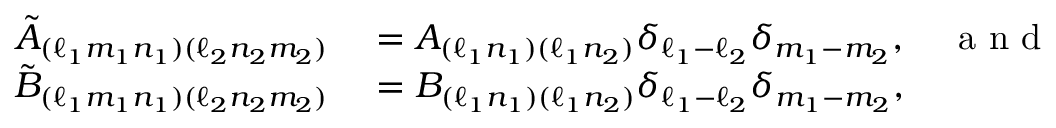
\begin{array} { r l } { \tilde { A } _ { ( \ell _ { 1 } m _ { 1 } n _ { 1 } ) ( \ell _ { 2 } n _ { 2 } m _ { 2 } ) } } & { { } = A _ { ( \ell _ { 1 } n _ { 1 } ) ( \ell _ { 1 } n _ { 2 } ) } \delta _ { \ell _ { 1 } - \ell _ { 2 } } \delta _ { m _ { 1 } - m _ { 2 } } , \quad \mathrm { ~ a ~ n ~ d ~ } } \\ { \tilde { B } _ { ( \ell _ { 1 } m _ { 1 } n _ { 1 } ) ( \ell _ { 2 } n _ { 2 } m _ { 2 } ) } } & { { } = B _ { ( \ell _ { 1 } n _ { 1 } ) ( \ell _ { 1 } n _ { 2 } ) } \delta _ { \ell _ { 1 } - \ell _ { 2 } } \delta _ { m _ { 1 } - m _ { 2 } } , } \end{array}